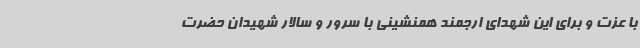
با عزت و برای این شهدای ارجمند همنشینی با سرور و سالار شهیدان حضرت